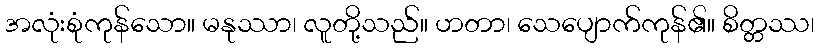
အလုံးစုံကုန်သော။ မနုဿာ၊ လူတို့သည်။ ဟတာ၊ သေပျောက်ကုန်၏။ စိတ္တဿ၊